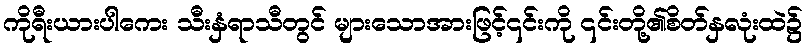
ကိုရီးယားပါကေး သီးနှံရာသီတွင် များသောအားဖြင့်၎င်းကို ၎င်းတို့၏စိတ်နှလုံးထဲ၌